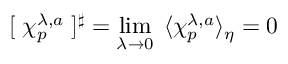
[ \; \chi _ { p } ^ { \lambda , a } \; ] ^ { \sharp } = \operatorname * { l i m } _ { \lambda \rightarrow 0 } \; \, \langle \chi _ { p } ^ { \lambda , a } \rangle _ { \eta } = 0